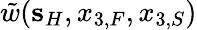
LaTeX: \tilde{w}({\mathbf s}_{H},x_{3,F},x_{3,S})